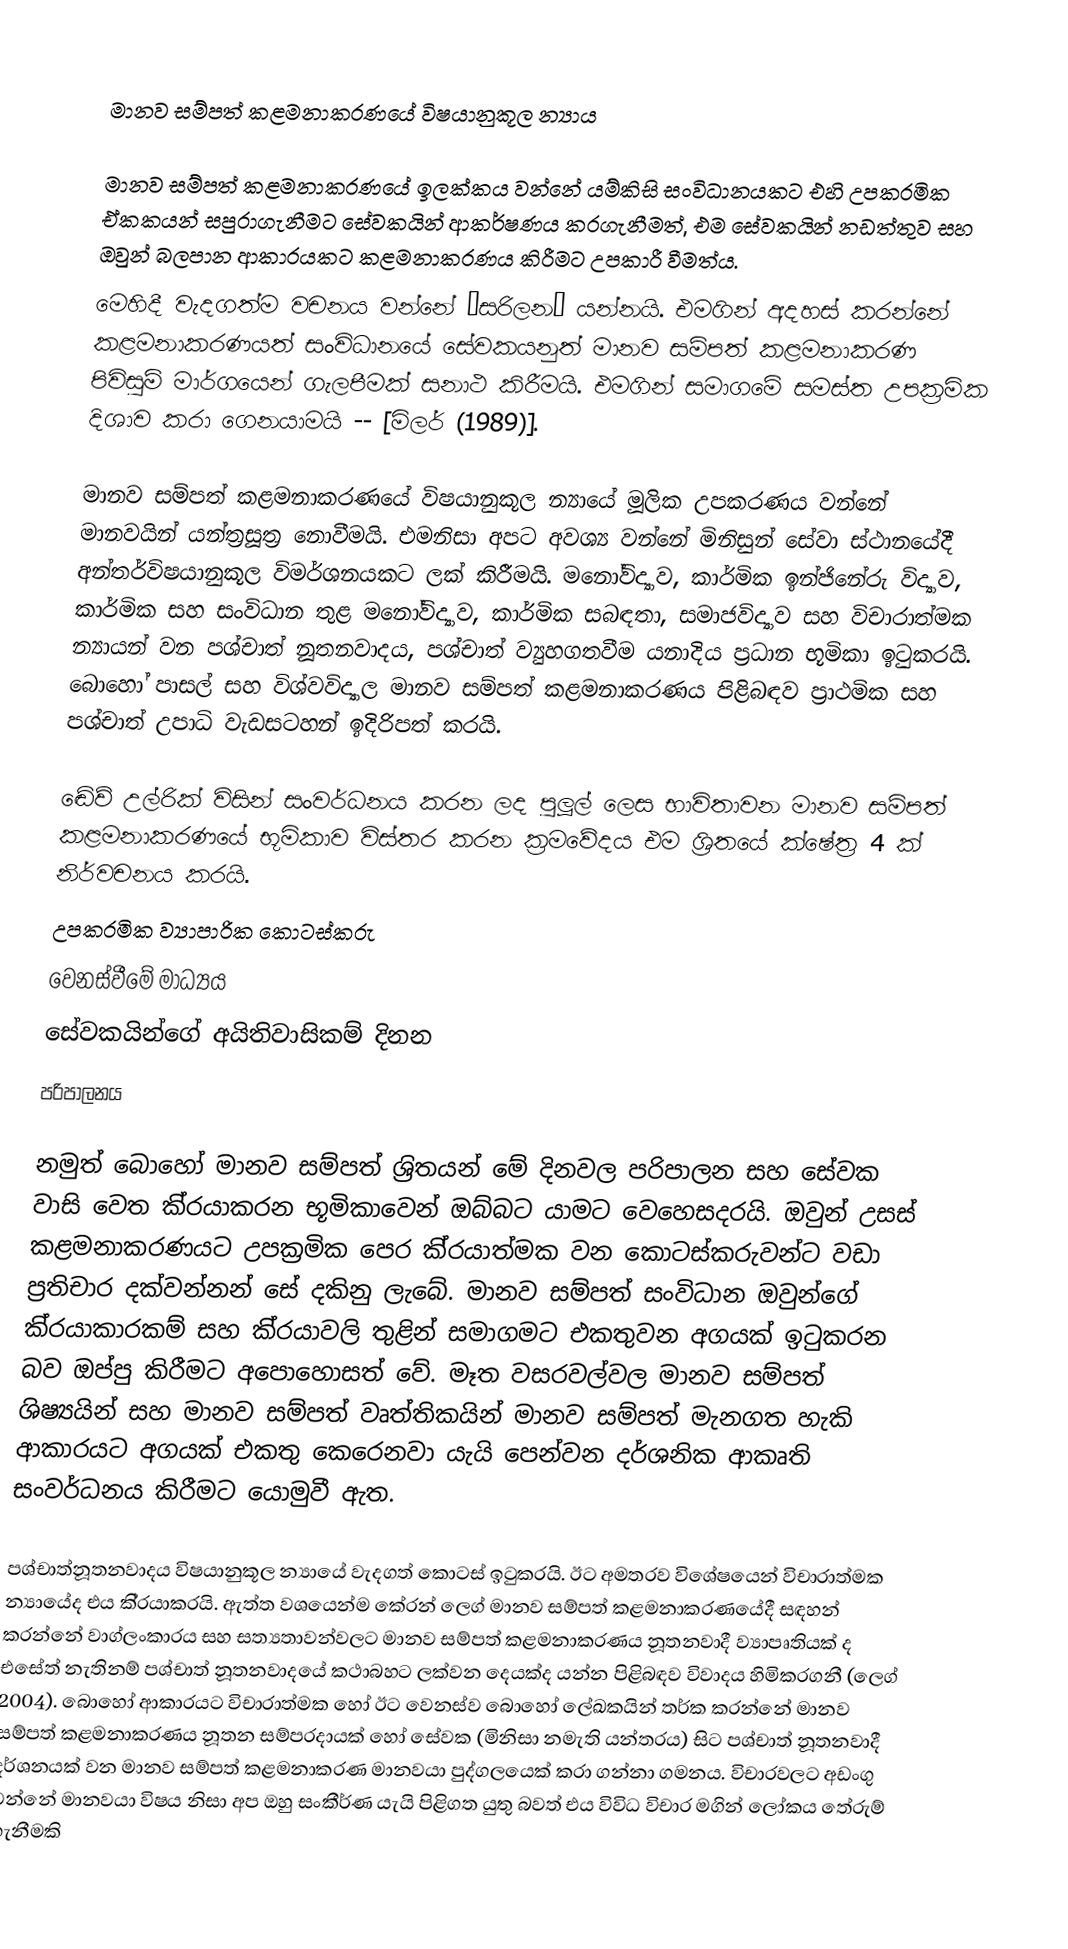

මානව සම්පත් කළමනාකරණයේ  විෂයානුකූල න්‍යාය

මානව සම්පත් කළමනාකරණයේ ඉලක්කය වන්නේ යම්කිසි සංවිධානයකට එහි උපක‍්‍රමික ඒකකයන් සපුරාගැනීමට සේවකයින් ආකර්ෂණය කරගැනීමත්, එම සේවකයින් නඩත්තුව සහ ඔවුන් බලපාන ආකාරයකට කළමනාකරණය කිරීමට උපකාරී වීමත්ය.
මෙහිදී වැදගත්ම වචනය වන්නේ “සරිලන” යන්නයි. එමගින් අදහස් කරන්නේ කළමනාකරණයත් සංවිධානයේ සේවකයනුත් මානව සම්පත් කළමනාකරණ පිවිසුම් මාර්ගයෙන් ගැලපීමක් සනාථ කිරීමයි. එමගින් සමාගමේ සමස්ත උපක‍්‍රමික දිශාව කරා ගෙනයාමයි  -- [මිලර් (1989)].

මානව සම්පත් කළමනාකරණයේ විෂයානුකූල න්‍යායේ මූලික උපකරණය වන්නේ මානවයින් යන්ත‍්‍රසූත‍්‍ර නොවීමයි. එමනිසා අපට අවශ්‍ය වන්නේ මිනිසුන් සේවා ස්ථානයේදී අන්තර්විෂයානුකූල විමර්ශනයකට ලක් කිරීමයි. මනෝවිද්‍යාව, කාර්මික ඉන්ජිනේරු විද්‍යාව, කාර්මික සහ සංවිධාන තුළ මනෝවිද්‍යාව, කාර්මික සබඳතා, සමාජවිද්‍යාව සහ විචාරාත්මක න්‍යායන් වන පශ්චාත් නූතනවාදය, පශ්චාත් ව්‍යුහගතවීම යනාදිය ප‍්‍රධාන භූමිකා ඉටුකරයි. බොහෝ පාසල් සහ විශ්වවිද්‍යාල මානව සම්පත් කළමනාකරණය පිළිබඳව ප‍්‍රාථමික සහ පශ්චාත් උපාධි වැඩසටහන් ඉදිරිපත් කරයි.

ඬේව් උල්රික් විසින් සංවර්ධනය කරන ලද පුලූල් ලෙස භාවිතාවන මානව සම්පත් කළමනාකරණයේ භූමිකාව විස්තර කරන ක‍්‍රමවේදය එම ශ‍්‍රිතයේ ක්ෂේත‍්‍ර 4 ක් නිර්වචනය කරයි.
	උපක‍්‍රමික ව්‍යාපාරික කොටස්කරු
	වෙනස්වීමේ මාධ්‍යය
	සේවකයින්ගේ අයිතිවාසිකම් දිනන
	පරිපාලනය

නමුත් බොහෝ මානව සම්පත් ශ‍්‍රිතයන් මේ දිනවල පරිපාලන සහ සේවක වාසි වෙත කි‍්‍රයාකරන භූමිකාවෙන් ඔබ්බට යාමට වෙහෙසදරයි. ඔවුන් උසස් කළමනාකරණයට උපක‍්‍රමික පෙර කි‍්‍රයාත්මක වන කොටස්කරුවන්ට වඩා ප‍්‍රතිචාර දක්වන්නන් සේ දකිනු ලැබේ. මානව සම්පත් සංවිධාන ඔවුන්ගේ කි‍්‍රයාකාරකම් සහ කි‍්‍රයාවලි තුළින් සමාගමට එකතුවන අගයක් ඉටුකරන බව ඔප්පු කිරීමට අපොහොසත් වේ. මෑත වසරවල්වල මානව සම්පත් ශිෂ්‍යයින් සහ මානව සම්පත් වෘත්තිකයින් මානව සම්පත් මැනගත හැකි ආකාරයට අගයක් එකතු කෙරෙනවා යැයි පෙන්වන දර්ශනික ආකෘති සංවර්ධනය කිරීමට යොමුවී ඇත.

පශ්චාත්නූතනවාදය විෂයානුකූල න්‍යායේ වැදගත් කොටස් ඉටුකරයි. ඊට අමතරව විශේෂයෙන් විචාරාත්මක න්‍යායේද එය කි‍්‍රයාකරයි. ඇත්ත වශයෙන්ම කේරන් ලෙග් මානව සම්පත් කළමනාකරණයේදී සඳහන් කරන්නේ වාග්ලංකාරය සහ සත්‍යතාවන්වලට මානව සම්පත් කළමනාකරණය නූතනවාදී ව්‍යාපෘතියක් ද එසේත් නැතිනම් පශ්චාත් නූතනවාදයේ කථාබහට ලක්වන දෙයක්ද යන්න පිළිබඳව විවාදය හිමිකරගනී (ලෙග් 2004). බොහෝ ආකාරයට විචාරාත්මක හෝ ඊට වෙනස්ව බොහෝ ලේඛකයින් තර්ක කරන්නේ මානව සම්පත් කළමනාකරණය නූතන සම්ප‍්‍රදායක් හෝ සේවක (මිනිසා නමැති යන්ත‍්‍රය) සිට පශ්චාත් නූතනවාදී දර්ශනයක් වන මානව සම්පත් කළමනාකරණ මානවයා පුද්ගලයෙක් කරා ගන්නා ගමනය. විචාරවලට අඩංගු වන්නේ මානවයා විෂය නිසා අප ඔහු සංකීර්ණ යැයි පිළිගත යුතු බවත් එය විවිධ විචාර මගින් ලෝකය තේරුම් ගැනීමකි